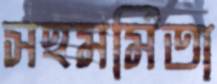
সহমর্মিতা